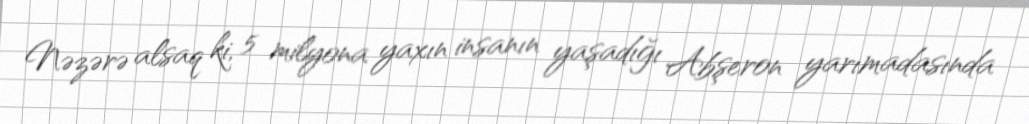
Nəzərə alsaq ki, 5 milyona yaxın insanın yaşadığı Abşeron yarımadasında